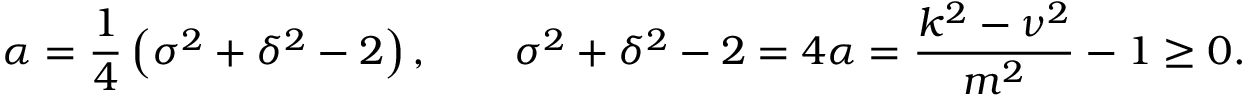
\alpha = \frac { 1 } { 4 } \left( \sigma ^ { 2 } + \delta ^ { 2 } - 2 \right) , \qquad \sigma ^ { 2 } + \delta ^ { 2 } - 2 = 4 \alpha = \frac { k ^ { 2 } - \nu ^ { 2 } } { m ^ { 2 } } - 1 \ge 0 .